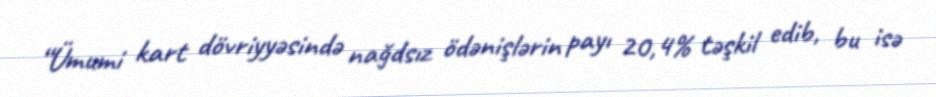
“Ümumi kart dövriyyəsində nağdsız ödənişlərin payı 20,4% təşkil edib, bu isə